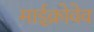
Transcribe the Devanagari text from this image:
माईक्रोवेव